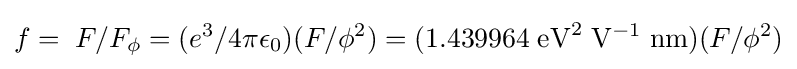
f=\;F/F_{\phi }=(e^{3}/4\pi \epsilon _{0})(F/{\phi }^{2})=(1.439964\;{\mathrm {eV} }^{2}\;{\mathrm {V} }^{-1}\;\mathrm {nm} )(F/{\phi }^{2})